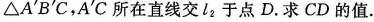
△A^{\prime}BC，A^{\prime}C所在直线交l_{2}于点D.求CD的值.